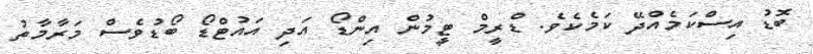
ބޮޑު އިސްކަމެއްދޭ ކަމެކެެވެ. ޑްރީމް ޓީމުން އިންޑޯ އަދި އައުޓްޑޯ ބޯޑުވެސް މަރާމާތު